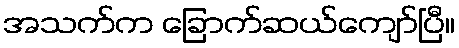
အသက်က ခြောက်ဆယ်ကျော်ပြီ။